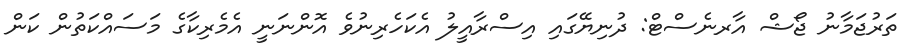
ތަރުޖަމާނު ޖޯޝް އާރނެސްޓް: ދުނިޔޭގައި އިސްރާއީލު އެކަހެރިނުވެ އޮންނަނީ އެމެރިކާގެ މަސައްކަތުން ކަން